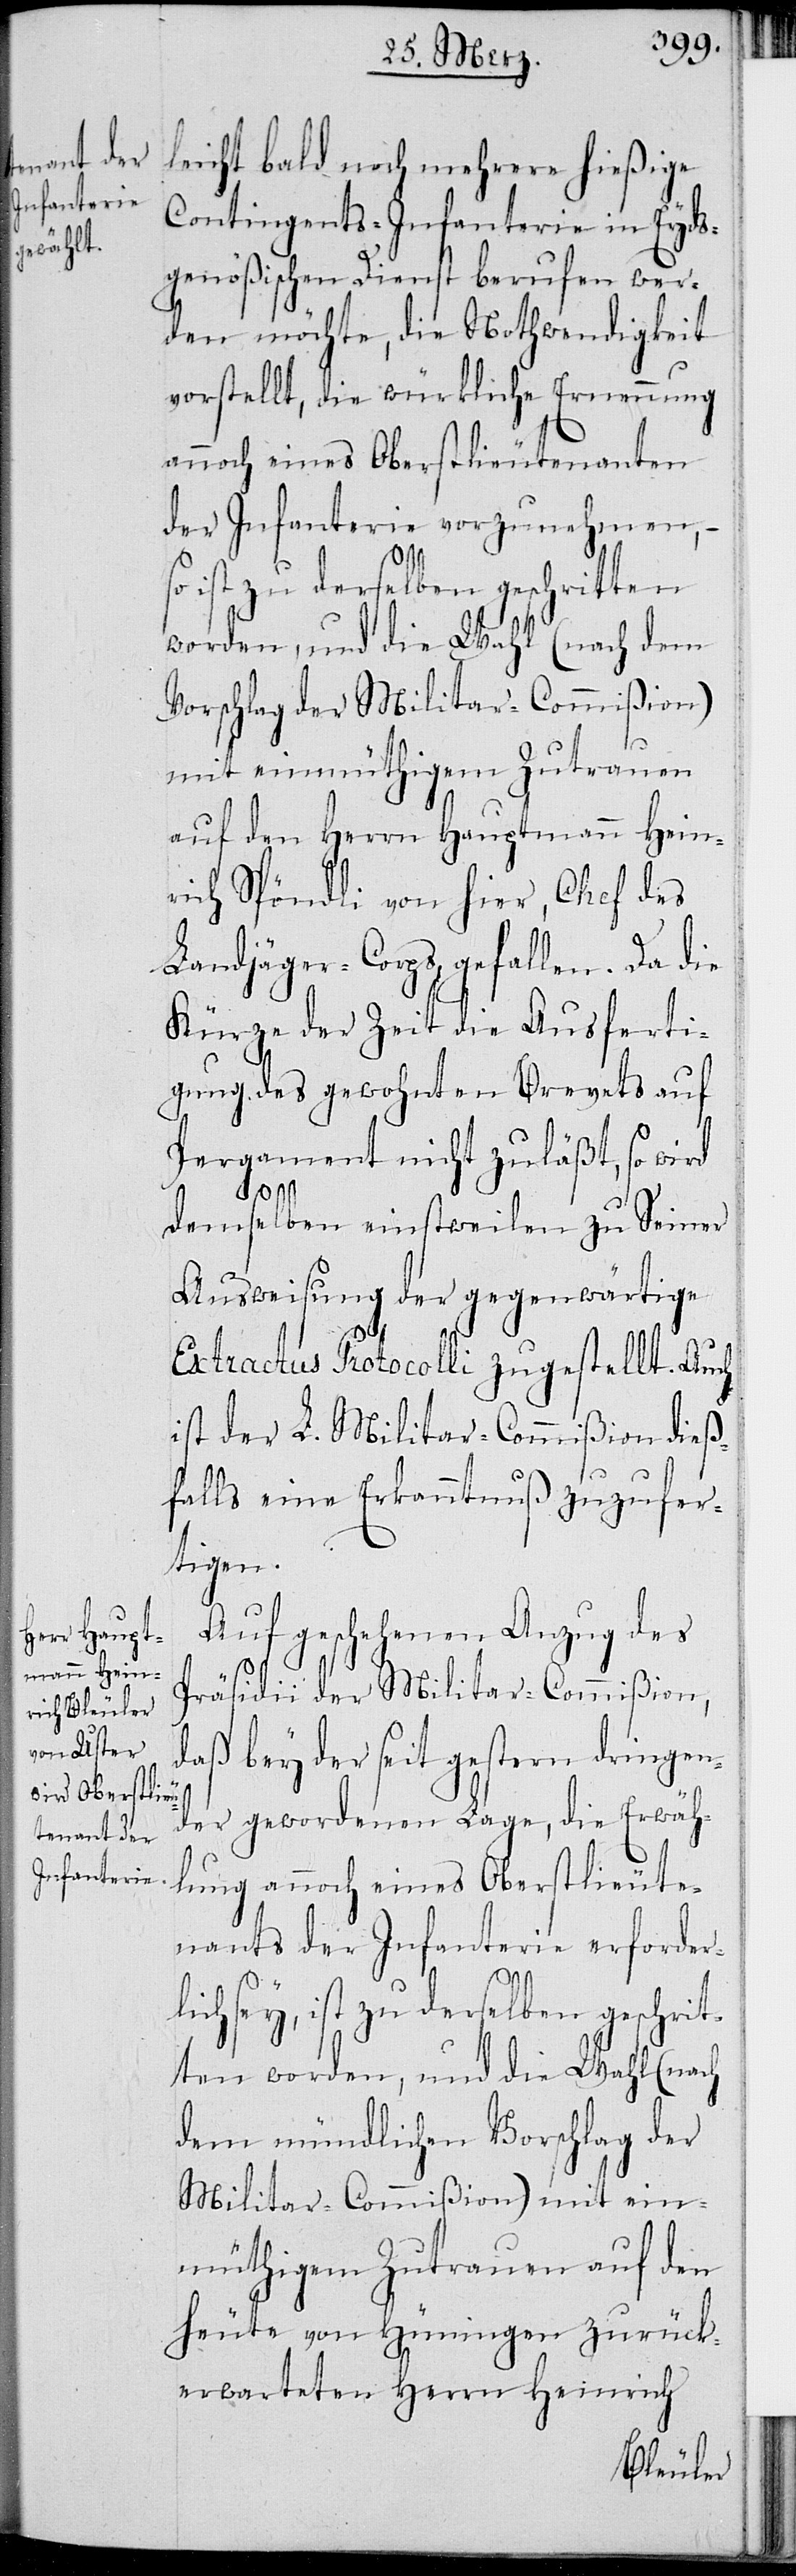
leicht bald noch mehrere hießige
Contingents-Infanterie in Eyds¬
genößischen Dienst berufen wer¬
den möchte, die Nothwendigkeit
vorstellt, die würkliche Ernennung
annoch eines Oberstlieutenanten
der Infanterie vorzunehmen,
ist zu derselben geschritten
worden, und die Wahl (nach dem
Vorschlag der Militar-Commißion)
mit einmüthigem Zutrauen
auf den Herrn Hauptmann Hein¬
rich Spöndli von hier, Chef des
Landjäger-Corps, gefallen. Da die
Kürze der Zeit die Ausferti¬
gung gewohnten Brevets auf
Pergament nicht zuläßt, so wird
demselben einstweilen zu Seiner
Ausweisung der gegenwärtige
Extractus Protocolli zugestellt. Auch
ist der L. Militar-Commißion dieß¬
falls eine Erkanntnuß zuzufer¬
tigen.
Auf geschehenen Anzug des
Präsidii der Militar-Commißion,
daß bey der seit gestern dringen¬
der gewordenen Lage, die Erwäh¬
lung annoch eines Oberstlieute¬
nants der Infanterie erforder¬
lich sey, ist zu derselben geschrit¬
ten worden, und die Wahl (nach
dem mündlichen Vorschlag der
Militar-Commißion) mit ein¬
müthigem Zutrauen auf den
heute von Hüningen zurück¬
erwarteten Herrn Heinrich